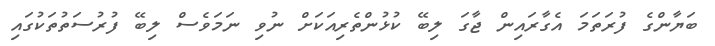
ބަޔާންގެ ފުރަތަމަ އެގާރައިން ޖާގަ ލިބޭ ކުޅުންތެރިއަކަށް ނުވި ނަމަވެސް ލިބޭ ފުރުސަތުތަކުގައި